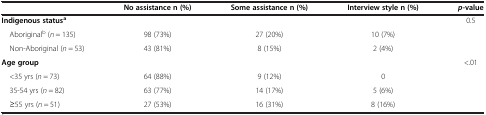
|  | No assistance n (%) | Some assistance n (%) | Interview style n (%) | p-value |
 | --- | --- | --- | --- | --- |
 | Indigenous statusa |  |  |  | <ROWSPAN=3> 0.5 |
 | Aboriginalb (n = 135) | 98 (73%) | 27 (20%) | 10 (7%) |
 | Non-Aboriginal (n = 53) | 43 (81%) | 8 (15%) | 2 (4%) |
 | Age group |  |  |  | <ROWSPAN=4> <.01 |
 | <35 yrs (n = 73) | 64 (88%) | 9 (12%) | 0 |
 | 35-54 yrs (n = 82) | 63 (77%) | 14 (17%) | 5 (6%) |
 | ≥55 yrs (n = 51) | 27 (53%) | 16 (31%) | 8 (16%) |